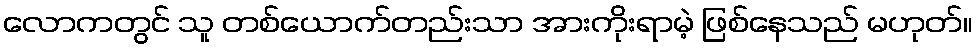
လောကတွင် သူ တစ်ယောက်တည်းသာ အားကိုးရာမဲ့ ဖြစ်နေသည် မဟုတ်။